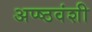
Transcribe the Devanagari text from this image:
अप्ष्ठवंशी